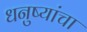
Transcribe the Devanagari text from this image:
धनुष्यांचा